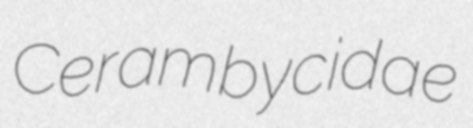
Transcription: Cerambycidae